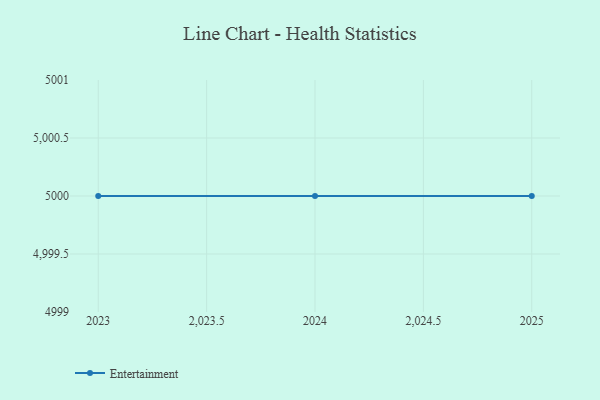
{"axis": {"x": "Year", "y": "Website Visitors"}, "legend": ["Entertainment"], "data": [{"x": "2023", "y": 5000, "type": "Entertainment"}, {"x": "2024", "y": 5000, "type": "Entertainment"}, {"x": "2025", "y": 5000, "type": "Entertainment"}]}